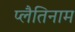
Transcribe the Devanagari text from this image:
प्लैतिनाम